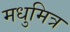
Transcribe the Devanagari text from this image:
मधुमित्र